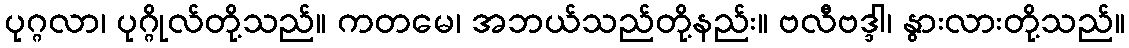
ပုဂ္ဂလာ၊ ပုဂ္ဂိုလ်တို့သည်။ ကတမေ၊ အဘယ်သည်တို့နည်း။ ဗလီဗဒ္ဒါ၊ နွားလားတို့သည်။